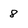
Character: 8